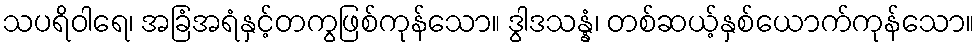
သပရိဝါရေ၊ အခြံအရံနှင့်တကွဖြစ်ကုန်သော။ ဒွါဒသန္နံ၊ တစ်ဆယ့်နှစ်ယောက်ကုန်သော။